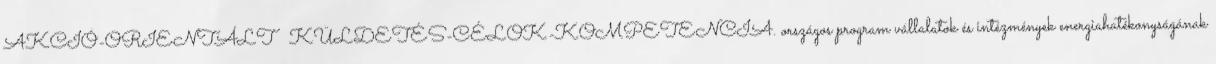
AKCIÓ-ORIENTÁLT  KÜLDETÉS-CÉLOK-KOMPETENCIA. országos program vállalatok és intézmények energiahatékonyságának